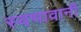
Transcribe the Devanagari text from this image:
स्वभावानी